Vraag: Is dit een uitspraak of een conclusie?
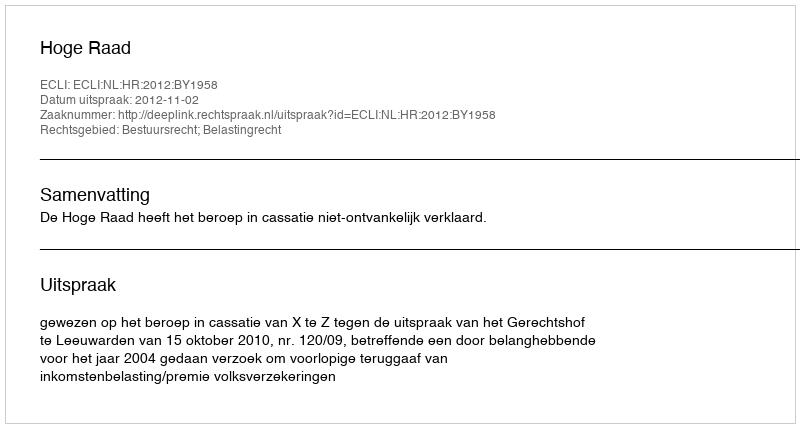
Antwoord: Uitspraak